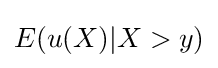
E(u(X)|X>y)